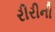
રીરીની